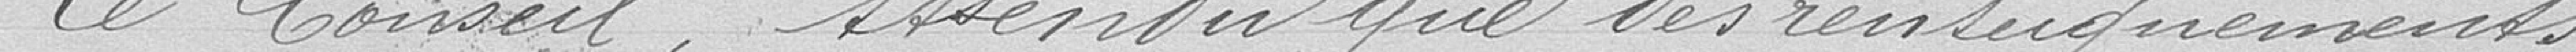
Le Conseil, attendu que des renseignements